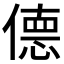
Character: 𫣜